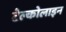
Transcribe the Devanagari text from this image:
टेल्कोलाइन